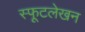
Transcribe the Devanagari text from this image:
स्फूटलेखन